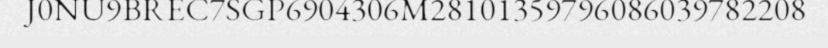
J0NU9BREC7SGP6904306M28101359796086039782208